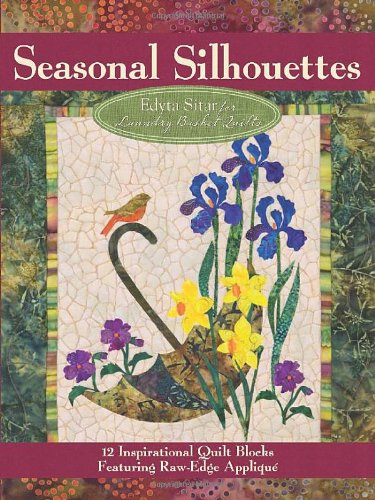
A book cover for Seasonal Silhouettes: 12 Inspirational Quilt Blocks Featuring Raw Edge Applique; Edyta Sitar; Crafts, Hobbies & Home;